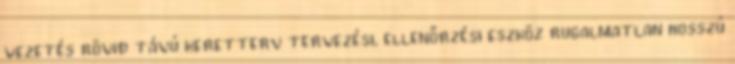
vezetés rövid távú keretterv tervezési, ellenőrzési eszköz rugalmatlan hosszú